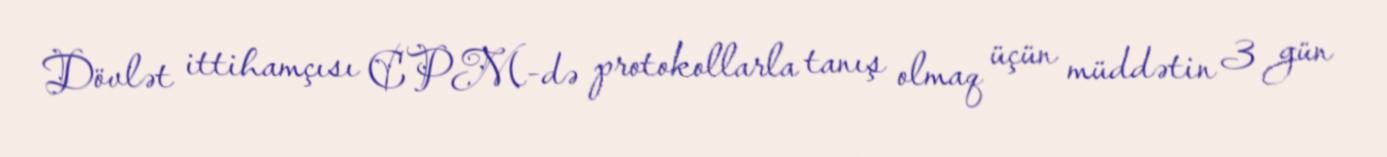
Dövlət ittihamçısı CPM-də protokollarla tanış olmaq üçün müddətin 3 gün